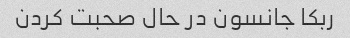
ربکا جانسون در حال صحبت کردن